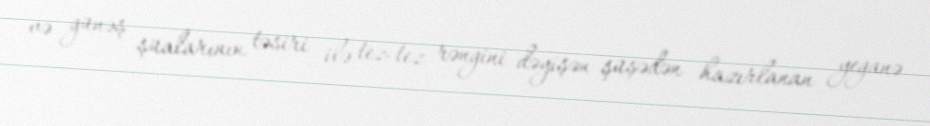
və günəş şüalarının təsiri ilə tez-tez rəngini dəyişən şüşədən hazırlanan yeganə